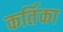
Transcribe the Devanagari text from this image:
कर्तिका